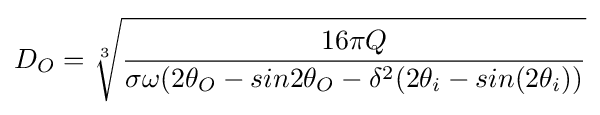
D_{O}={\sqrt[{3}]{\frac {16\pi Q}{\sigma \omega (2\theta _{O}-sin2\theta _{O}-\delta ^{2}(2\theta _{i}-sin(2\theta _{i}))}}}